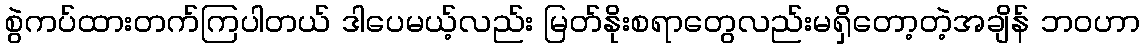
စွဲကပ်ထားတက်ကြပါတယ် ဒါပေမယ့်လည်း မြတ်နိုးစရာတွေလည်းမရှိတော့တဲ့အချိန် ဘ၀ဟာ